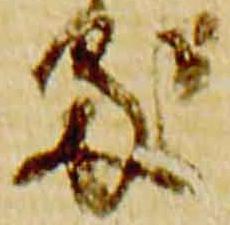
処